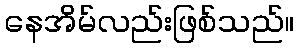
နေအိမ်လည်းဖြစ်သည်။